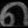
Digit: ၈